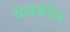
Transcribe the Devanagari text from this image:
वेलकलि